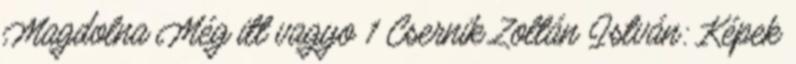
Magdolna Még itt vagyo 1 Csernik Zoltán István: Képek